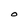
Character: O